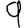
Digit: 9